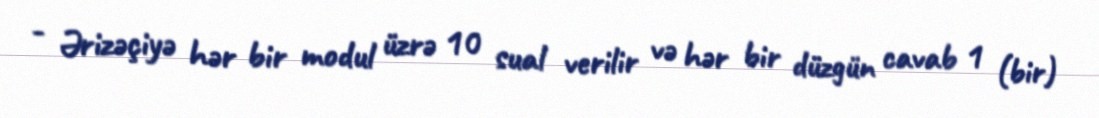
- Ərizəçiyə hər bir modul üzrə 10 sual verilir və hər bir düzgün cavab 1 (bir)